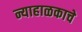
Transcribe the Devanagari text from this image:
न्याहाळकाचे